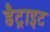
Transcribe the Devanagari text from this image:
डैट्राइट